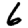
Digit: 6